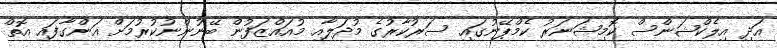
އަދި އިލެކްޝަންސް ކޮމިޝަނަރު ކެމްޕޭނުގައި ސަރުކާރުގެ މުދަލާއި މުއައްޒަފުން ބޭނުންނުކުރުމަށް އަންގާފައި އޮތް